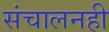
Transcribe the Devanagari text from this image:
संचालनही